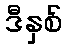
ဒီနှစ်